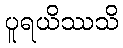
ပူရယိဿသိ